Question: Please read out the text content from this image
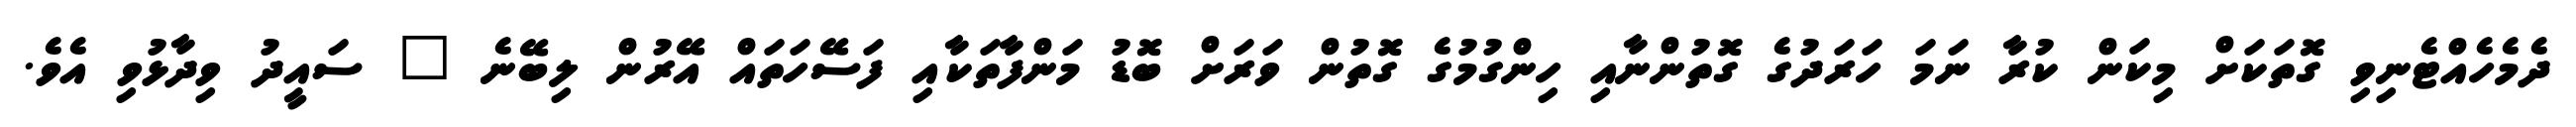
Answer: ދެމެހެއްޓެނިވި ގޮތަކަށް މިކަން ކުރާ ނަމަ ހަރަދުގެ ގޮތުންނާއި ހިންގުމުގެ ގޮތުން ވަރަށް ބޮޑު މަންފާތަކާއި ފަސޭހަތައް އޭރުން ލިބޭނެ " ސައީދު ވިދާޅުވި އެވެ.